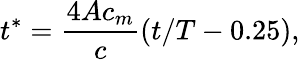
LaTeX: t^{*}=\frac{4Ac_{m}}{c}(t/T-0.25),